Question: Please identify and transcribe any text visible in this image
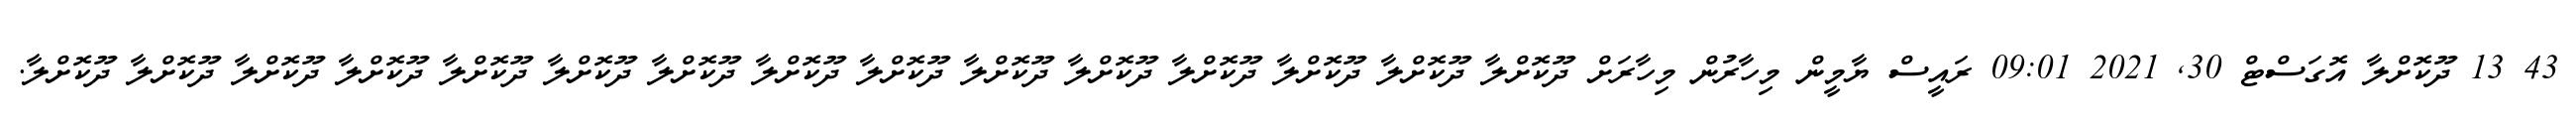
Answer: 43 13 ދޫކޮށްލާ އޮގަސްޓް 30, 2021 09:01 ރައީސް ޔާމީން މިހާރުން މިހާރަށް ދޫކޮށްލާ ދޫކޮށްލާ ދޫކޮށްލާ ދޫކޮށްލާ ދޫކޮށްލާ ދޫކޮށްލާ ދޫކޮށްލާ ދޫކޮށްލާ ދޫކޮށްލާ ދޫކޮށްލާ ދޫކޮށްލާ ދޫކޮށްލާ ދޫކޮށްލާ ދޫކޮށްލާ ދޫކޮށްލާ.